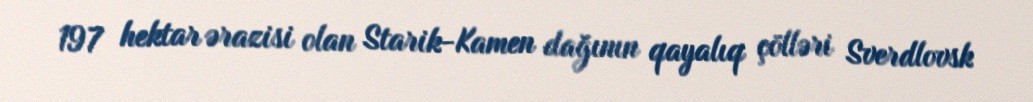
197 hektar ərazisi olan Starik-Kamen dağının qayalıq çölləri Sverdlovsk